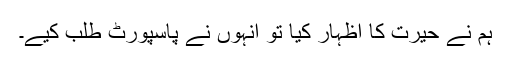
ہم نے حیرت کا اظہار کیا تو انہوں نے پاسپورٹ طلب کیے۔